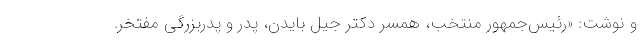
و نوشت: «رئیس‌جمهور منتخب، همسر دکتر جیل بایدن، پدر و پدربزرگی مفتخر.